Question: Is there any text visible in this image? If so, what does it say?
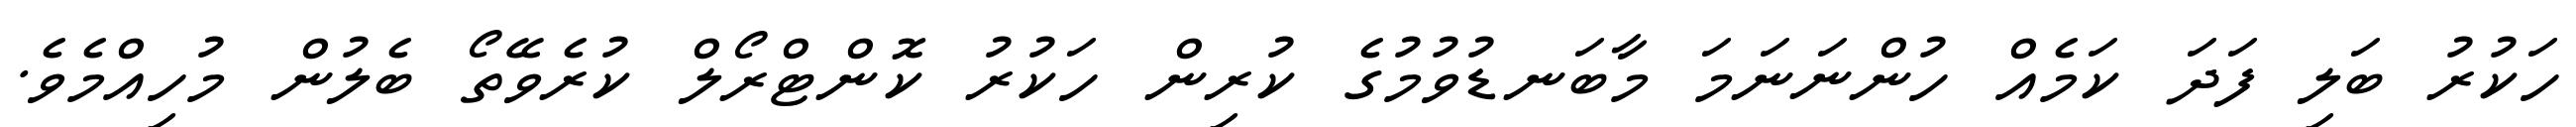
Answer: ހަކުރު ބަލި ފަދަ ކަމެއް ހުންނަނަމަ މާބަނޑުވުމުގެ ކުރިން ހަކުރު ކޮންޓްރޯލް ކުރެވޭތޯ ބެލުން މުހިއްމެވެ.